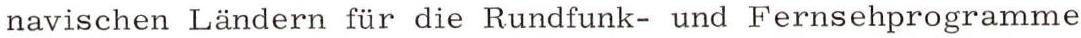
navischen Ländern für die Rundfunk- und Fernsehprogramme